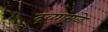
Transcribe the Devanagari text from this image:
द्रव्यांमुळे